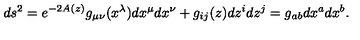
d s ^ { 2 } = e ^ { - 2 A ( z ) } g _ { \mu \nu } ( x ^ { \lambda } ) d x ^ { \mu } d x ^ { \nu } + g _ { i j } ( z ) d z ^ { i } d z ^ { j } = g _ { a b } d x ^ { a } d x ^ { b } .